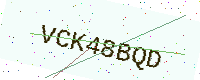
Text: VCK48BQD